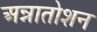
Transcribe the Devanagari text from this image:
अन्नातोशन